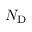
N _ { \mathrm { D } }